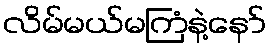
လိမ်မယ်မကြံနဲ့နော်